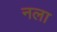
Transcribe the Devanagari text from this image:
नला